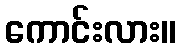
ကောင်းလား။